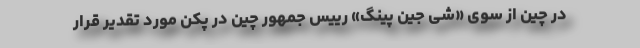
در چین از سوی «شی جین پینگ» رییس جمهور چین در پکن مورد تقدیر قرار